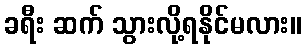
ခရီး ဆက် သွားလို့ရနိုင်မလား။